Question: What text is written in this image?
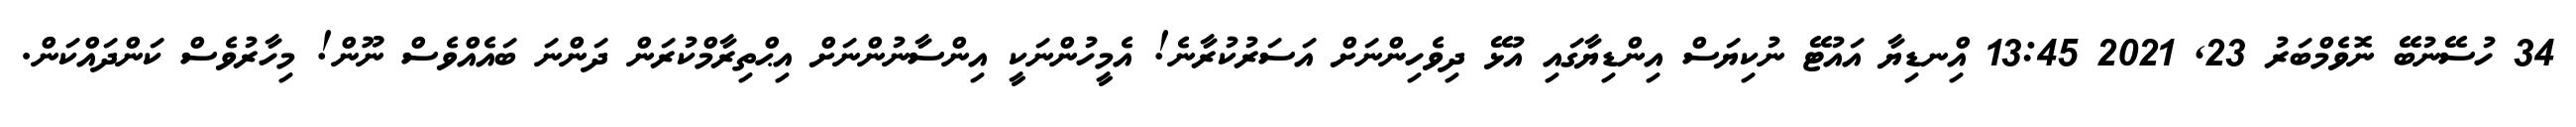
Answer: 34 ހުސޭނުބޭ ނޮވެމްބަރު 23, 2021 13:45 އިްނޑިޔާ އައުޓޭ ނުކިޔަސް އިންޑިޔާގައި އުޅޭ ދިވެހިންނަށް އަސަރުކުރާނެ! އެމީހުންނަކީ އިންސާނުންނަށް އިޙްތިރާމްކުރަން ދަންނަ ބައެއްވެސް ނޫން! މިހާރުވެސް ކަންދައްކަން.